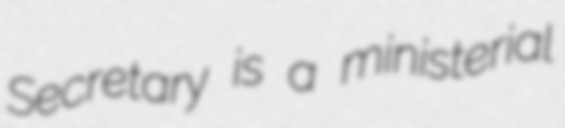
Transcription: Secretary is a ministerial